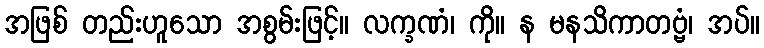
အဖြစ် တည်းဟူသော အစွမ်းဖြင့်။ လက္ခဏံ၊ ကို။ န မနသိကာတဗ္ဗံ၊ အပ်။